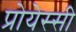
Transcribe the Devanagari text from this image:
प्रोयेस्सी